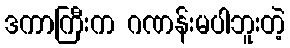
ဒကာကြီးက ဂဏန်းမပါဘူးတဲ့